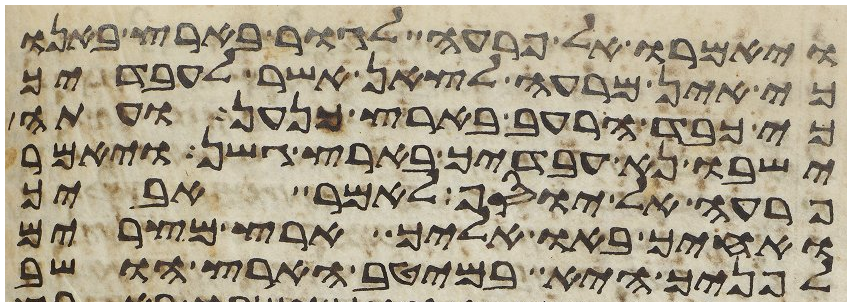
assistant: ויאמרו אל פרעה לגור בארץ באנו
כי אין מרעה לצאן אשר לעבדיך
כי כבד הרעב בארץ כנען ועתה
ישבו נא עבדיך בארץ גשן ויאמר
פרעה אל יוסף לאמר אביך
ואחיך באו אליך ארץ מצרים
לפניך היא במיטב הארץ הושב